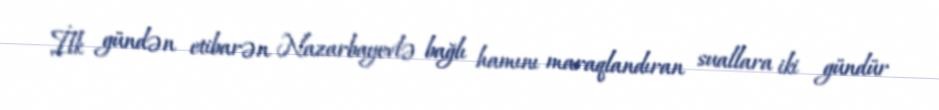
İlk gündən etibarən Nazarbayevlə bağlı hamını maraqlandıran suallara iki gündür